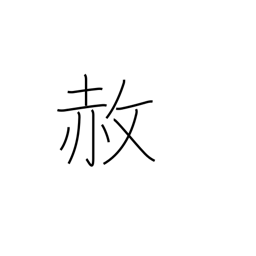
Meaning: pardon